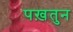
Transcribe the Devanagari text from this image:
पख़तुन